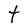
Character: t